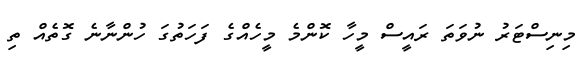
މިނިސްޓަރު ނުވަތަ ރައީސް މީހާ ކޮންމެ މީހެއްގެ ފަހަތުގަ ހުންނާނެ ގޮތެއް ތި